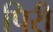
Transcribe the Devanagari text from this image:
पिरी